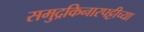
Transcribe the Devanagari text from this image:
समुद्रकिनारपट्टीच्या